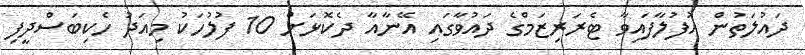
ދައުލަތުން އުފުލާފައިވާ ޓެރަރިޒަމްގެ ދައުވާގައި އޭނާއާ ދެކޮޅަށް 10 ފުލުހަކު މިއަދު ހެކިބަސްދީފި